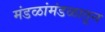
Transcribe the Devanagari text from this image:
मंडळांमंडळातून